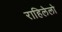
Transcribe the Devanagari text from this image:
राहिलेलो